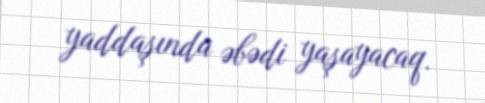
yaddaşında əbədi yaşayacaq.